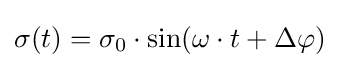
\sigma (t)=\sigma _{0}\cdot \sin(\omega \cdot t+\Delta \varphi )